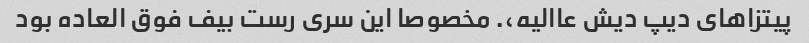
پیتزاهای دیپ دیش عاالیه،. مخصوصا این سری رست بیف فوق العاده بود